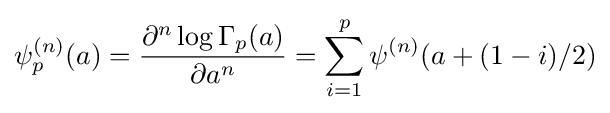
\psi _{p}^{(n)}(a)={\frac {\partial ^{n}\log \Gamma _{p}(a)}{\partial a^{n}}}=\sum _{i=1}^{p}\psi ^{(n)}(a+(1-i)/2)